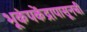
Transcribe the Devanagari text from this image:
भूकंपकेंद्रापासूनची